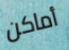
أماكن